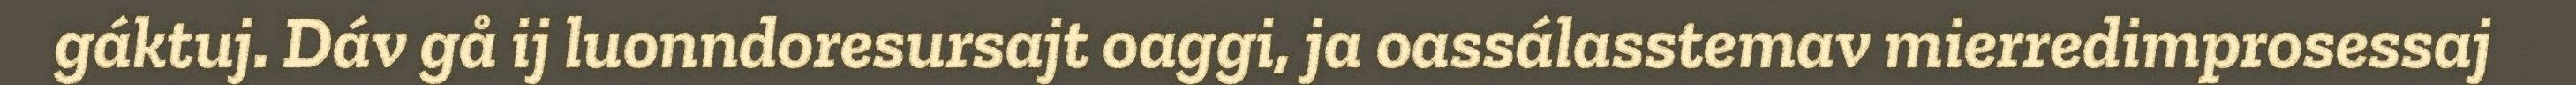
gáktuj. Dáv gå ij luonndoresursajt oaggi, ja oassálasstemav mierredimprosessaj